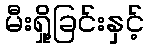
မီးရှို့ခြင်းနှင့်